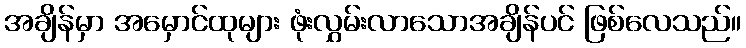
အချိန်မှာ အမှောင်ထုများ ဖုံးလွှမ်းလာသောအချိန်ပင် ဖြစ်လေသည်။